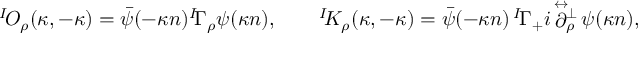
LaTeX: { ^ I \! { \cal O } _ { \rho } } ( \kappa , - \kappa ) = \bar { \psi } ( - \kappa n ) { ^ I \! { \mit \Gamma } _ { \rho } } \psi ( \kappa n ) , \qquad { ^ I \! { \cal K } _ { \rho } } ( \kappa , - \kappa ) = \bar { \psi } ( - \kappa n ) \, { ^ I \! { \mit \Gamma } _ { + } } i \! \stackrel { \leftrightarrow } { \partial } \! \! { } _ { \rho } ^ { \perp } \, \psi ( \kappa n ) ,